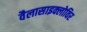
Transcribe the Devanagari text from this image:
वैलासाइक्लोविर